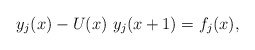
\begin{align*}y_j(x)-U(x)~y_j(x+1)=f_j(x),\end{align*}